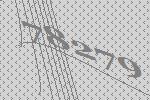
78279